Senior Leaving Certificate Examination (including Day School Certificate (Higher) General paper), 1950
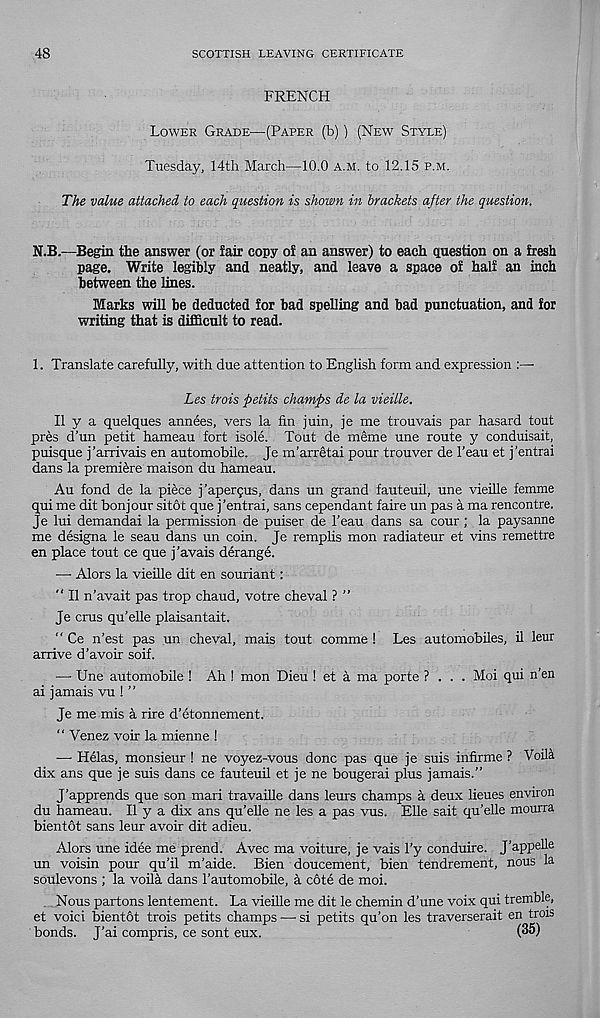
48
SCOTTISH LEAVING CERTIFICATE
FRENCH
Lower Grade—(Paper (b)) (New Style)
Tuesday, 14th March—40.0 a.m. to 12.15 p.m.
The value attached to each question is shown in brackets after the question.
N.B.—Begin the answer (or fair copy of an answer) to each question on a fresh
page. Write legibly and neatly, and leave a space of half an inch
between the lines.
Marks will be deducted for bad spelling and bad punctuation, and for
writing that is difficult to read.
1. Translate carefully, with due attention to English form and expression
Les trois petits champs de la vieiile.
II y a quelques annees, vers la fin juin, je me trouvais par hasard tout
pres d’un petit hameau fort isole. Tout de meme une route y conduisait,
puisque j’arrivais en automobile. Je m’arretai pour trouver de 1’eau et j’entrai
dans la premiere maison du hameau.
Au fond de la piece j ’apergus, dans un grand fauteuil, une vieille femme
qui me dit bonjour sitot que j’entrai, sans cependant faire un pas a ma rencontre.
Je lui demandai la permission de puiser de 1’eau dans sa cour ; la paysanne
me designa le seau dans un coin. Je remplis mon radiateur et vins remettre
en place tout ce que j'avais derange.
— Alors la vieille dit en souriant:
" II n’avait pas trop chaud, votre cheval ? ”
Je crus qu’elle plaisantait.
“ Ce n’est pas un cheval, mais tout comme ! Les automobiles, il leur
arrive d’avoir soif.
— Une automobile ! Ah ! mon Dieu ! et a ma porte ? . . . Moi qui n’en
ai jamais vu ! ”
Je me mis a rire d’etonnement.
“ Venez voir la mienne !
— Helas, monsieur ! ne voyez-vous done pas que je suis infirme ? Voila
dix ans que je suis dans ce fauteuil et je ne bougerai plus jamais.”
J’apprends que son mari travaille dans leurs champs a deux lieues environ
du hameau. II y a dix ans qu’elle ne les a pas vus. Elle sait qu’elle mourra
bientot sans leur avoir dit adieu.
Alors une idee me prend. Avec ma voiture, je vais l’y conduire. J’appell 6
un voisin pour qu’il m’aide. Bien doucement, bien tendrement, nous la
soulevons ; la voila dans 1’automobile, a cote de moi.
Nous partons lentement. La vieille me dit le chemin d’une voix qui tremble,
et void bientot trois petits champs — si petits qu’on les traverserait en trois
bonds. J’ai compris, ce sont eux.
(35)